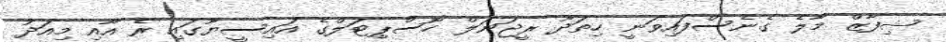
ޝިފާޒް މާލެ ގެނެސްފައިވަނީ ހިތަދޫ ރީޖަނަލް ހޮސްޕިޓަލްގެ އައިސީޔޫގައި ރެ އާއި މިއަދު